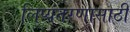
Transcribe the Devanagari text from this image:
लिप्यंतरणासाठी